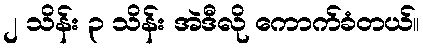
၂ သိန်း ၃ သိန်း အဲဒီလို ကောက်ခံတယ်။